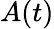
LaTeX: A(t)